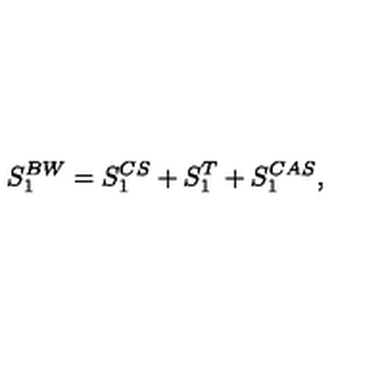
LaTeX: S _ { 1 } ^ { B W } = S _ { 1 } ^ { C S } + S _ { 1 } ^ { T } + S _ { 1 } ^ { C A S } ,